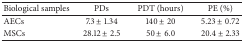
| Biological samples | PDs | PDT (hours) | PE (%) |
 | --- | --- | --- | --- |
 | AECs | 7.3 ± 1.34 | 140 ± 20 | 5.23 ± 0.72 |
 | MSCs | 28.12 ± 2.5 | 50 ± 6.0 | 20.4 ± 2.33 |